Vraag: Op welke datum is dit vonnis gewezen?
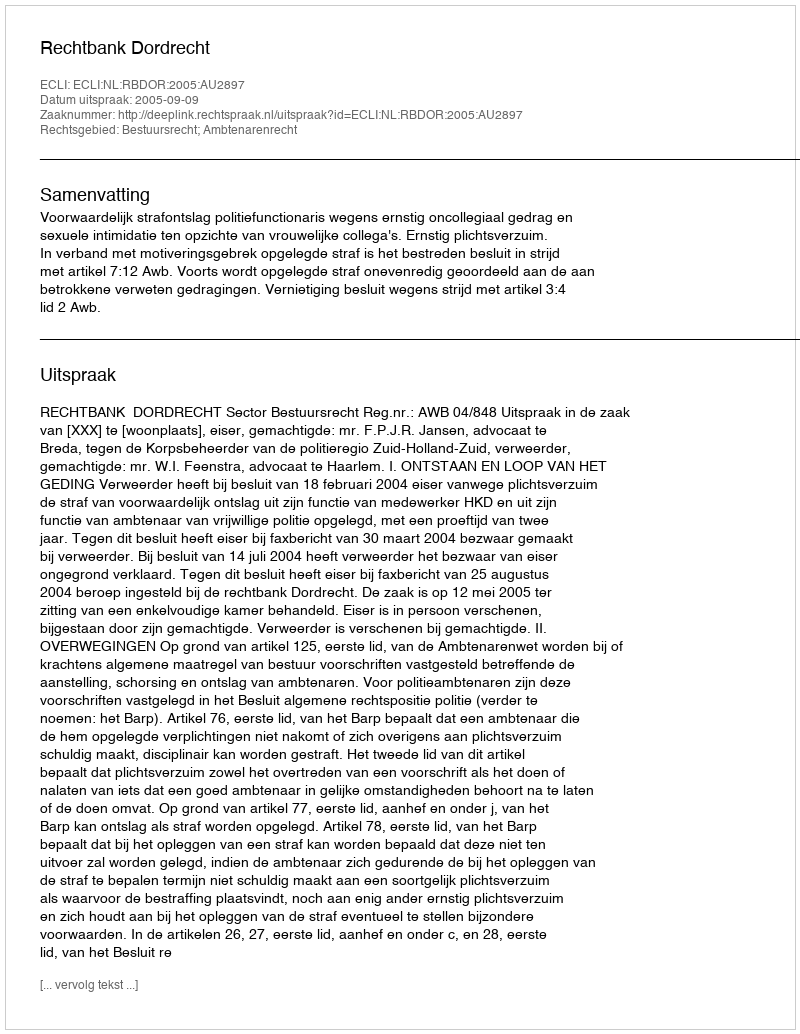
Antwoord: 2005-09-09